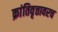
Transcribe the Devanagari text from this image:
क्रांतिवृत्तावरच